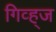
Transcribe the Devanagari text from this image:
गिव्ह्‌ज